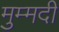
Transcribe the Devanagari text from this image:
मुम्मदी